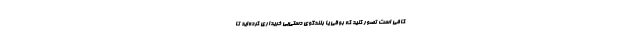
کافی است تصور کنید که بوقی یا بلندگوی دستی‌یی خریداری کرده‌اید تا